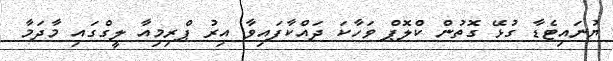
ޔުނައިޓެޑާ ގުޅޭ ގޮތުން ކްލޮޕް ވަހާކަ ދައްކާފައިވާ އިރު ޕްރިމިއާ ލީގްގައި މާދަމާ